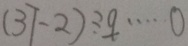
( 3 7 - 2 ) \div 9 \cdots 0